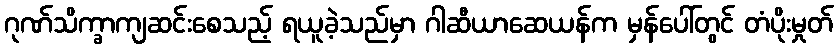
ဂုဏ်သိက္ခာကျဆင်းစေသည့် ရယူခဲ့သည်မှာ ဂါဆီယာဆေယန်က မှန်ပေါ်တွင် တံပိုးမှုတ်